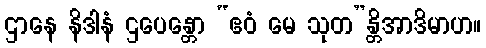
ဌာနေ နိဒါနံ ဌပေန္တော “ဧဝံ မေ သုတ”န္တိအာဒိမာဟ။